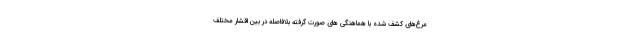
مرغ‌های کشف شده با هماهنگی های صورت گرفته بلافاصله در بین اقشار مختلف